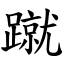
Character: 蹴